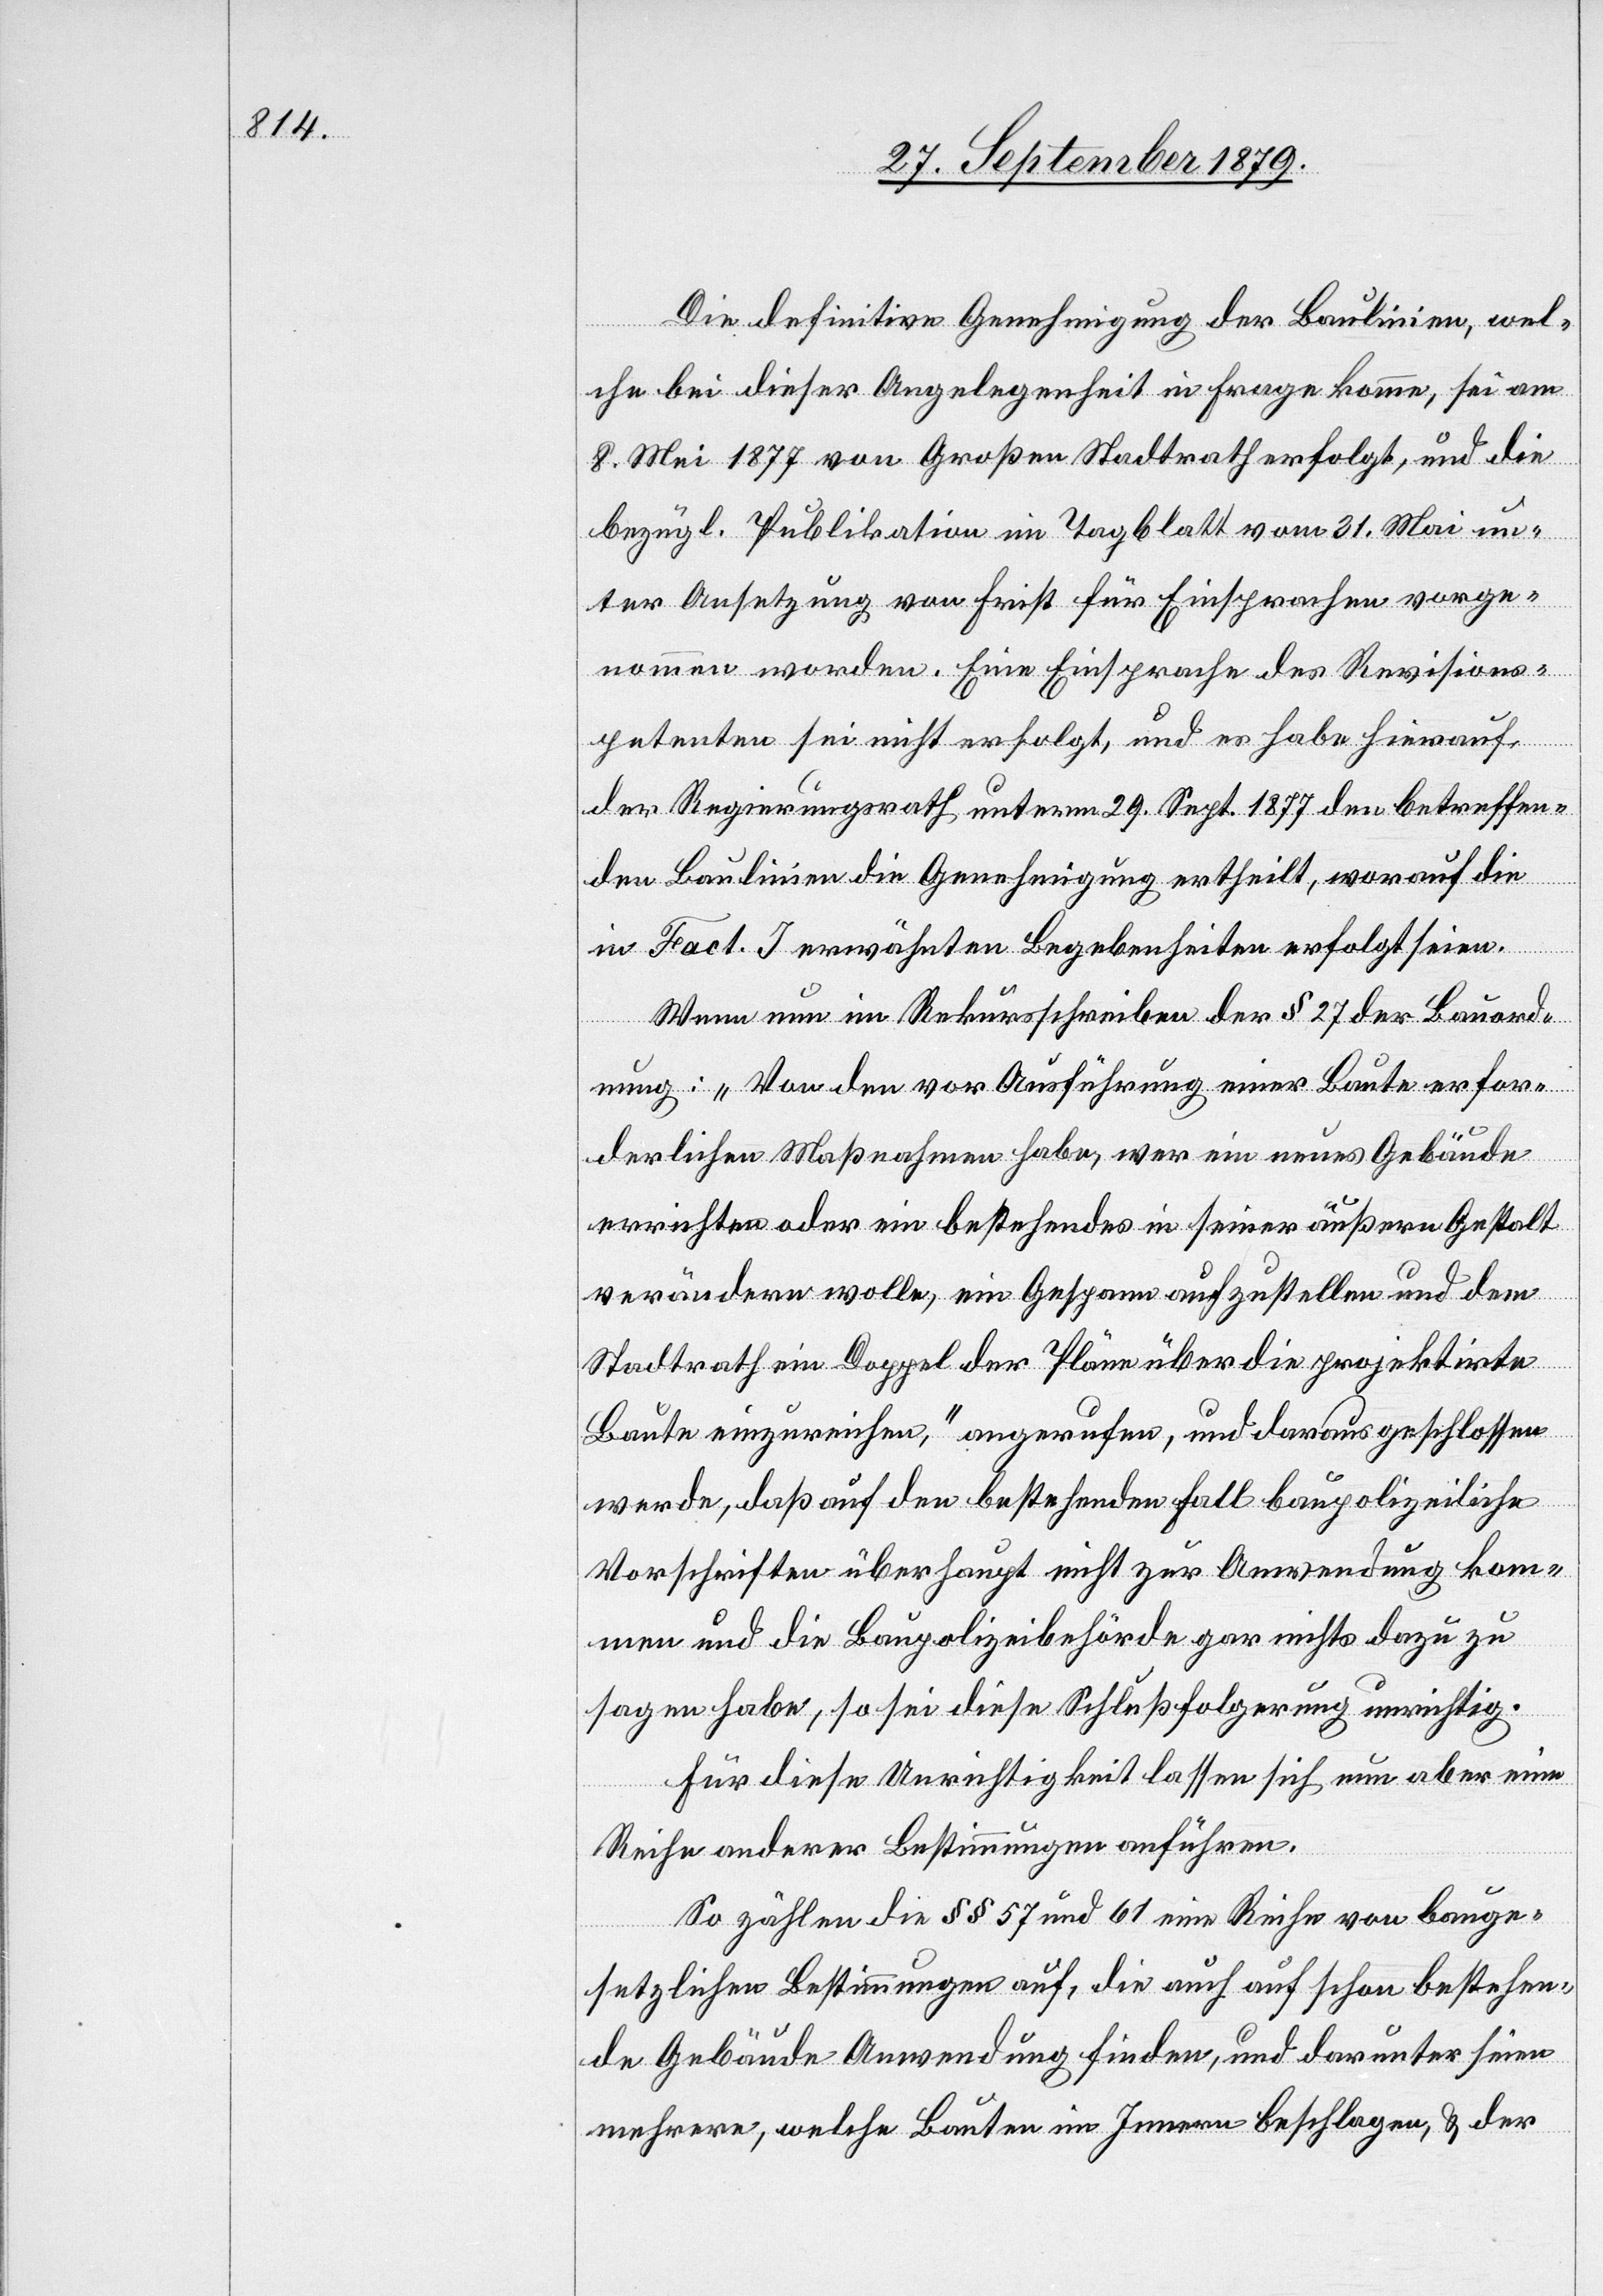
Die definitive Genehmigung der Baulinien, wel¬
che bei dieser Angelegenheit in Frage komme, sei am
8. Mai 1877 von Großen Stadtrath erfolgt, und die
bezügl. Publikation im Tagblatt vom 31. Mai un¬
ter Ansetzung von Frist für Einsprachen vorge¬
nommen worden. Eine Einsprache des Revisions¬
petenten sei nicht erfolgt, und es habe hierauf
der Regierungsrath unterm 29. Sept. 1877 den betreffen¬
den Baulinien die Genehmigung ertheilt, worauf die
in Fact. I erwähnten Begebenheiten erfolgt seien.
Wenn nun im Rekursschreiben der § 27 der Bauord¬
nung: „Von den vor Ausführung einer Baute erfor¬
derlichen Maßnahmen habe, wer ein neues Gebäude
errichten oder ein bestehendes in seiner äußern Gestalt
verändern wolle, ein Gespann aufzustellen und dem
Stadtrath ein Doppel der Pläne über die projektirte
Baute einzureichen“, angerufen, und daraus geschlossen
werde, daß auf den bestehenden Fall baupolizeiliche
Vorschriften überhaupt nicht zur Anwendung kom¬
men und die Baupolizeibehörde gar nichts dazu zu
sagen habe, so sei diese Schlussfolgerung unrichtig.
Für diese Unrichtigkeit lassen sich nun aber eine
Reihe anderer Bestimmungen anführen.
So zählen die §§ 57 und 61 eine Reihe von bauge¬
setzlichen Bestimmungen auf, die auch auf schon bestehen¬
de Gebäude Anwendung finden, und darunter seien
mehrere, welche Bauten im Innern beschlagen, & der